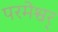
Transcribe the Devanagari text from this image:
परमेश्वर्